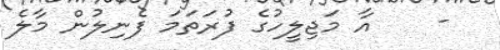
-    އާ މަޖިލީހުގެ ފުރަތަމަ ފެނިލުން މާލެ